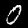
Label: 0